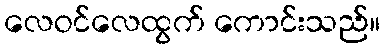
လေဝင်လေထွက် ကောင်းသည်။